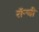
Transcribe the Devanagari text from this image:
रॉन्ची